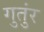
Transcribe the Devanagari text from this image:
गुतुंर